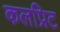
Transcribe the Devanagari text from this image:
कलप्रिट